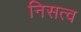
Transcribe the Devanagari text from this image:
निसत्व